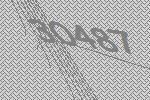
30487